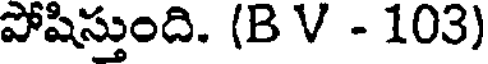
పోషిస్తుంది. (B V - 103)